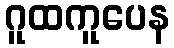
ဂူထကူပေန